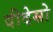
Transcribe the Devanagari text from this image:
वीदेसो